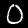
Label: 0